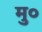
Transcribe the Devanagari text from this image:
मु०